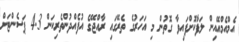
އެމްއެމްއޭއިން ލަފާކޮށްފައިވާ ގޮތުން މި އަހަރުގެ ތެރޭގައި ރާއްޖޭގެ އުފެއްދުންތެރިކަން 4.3 ޕަސެންޓަށް